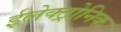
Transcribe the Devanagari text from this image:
ईलेक्ट्रोनिक